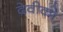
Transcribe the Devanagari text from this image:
देवीको